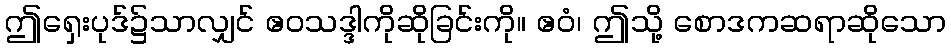
ဤရှေးပုဒ်၌သာလျှင် ဧဝသဒ္ဒါကိုဆိုခြင်းကို။ ဧဝံ၊ ဤသို့ စောဒကဆရာဆိုသော